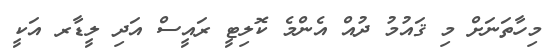
މިހާތަނަށް މި ޤައުމު ދުއް އެންމެ ކޮލިޓީ ރައީސް އަދި ލީޑާރ އަކީ